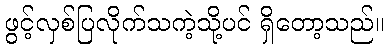
ဖွင့်လှစ်ပြလိုက်သကဲ့သို့ပင် ရှိတော့သည်။